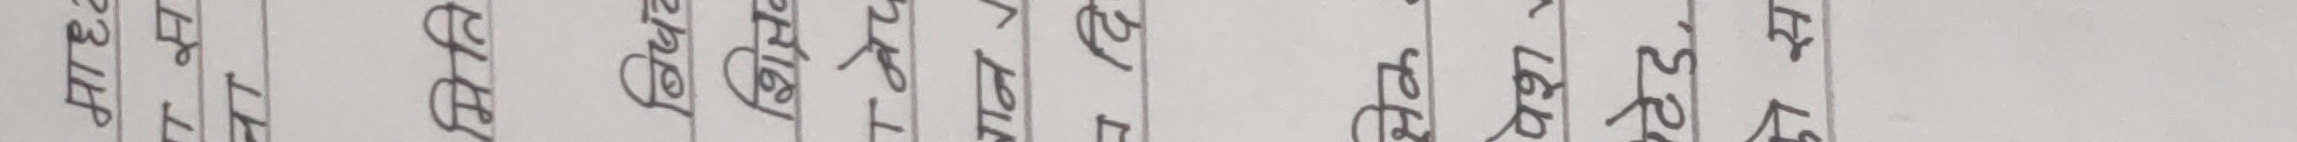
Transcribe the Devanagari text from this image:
माध्व

7 स
ना
मिति
बिष
शिक्षव
T
वेद
बान
न दि
सेक.
पेश
टेड,
कोस